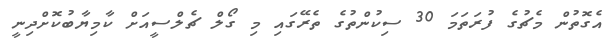
އެގޮތުން މެޗުގެ ފުރަތަމަ 30 ސިކުންތުގެ ތެރޭގައި މި ގޯލް ޗެލްސީއަށް ކާމިޔާބުކޮށްދިނީ